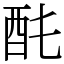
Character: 䣨